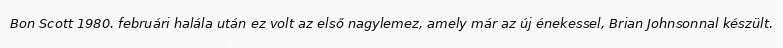
Bon Scott 1980. februári halála után ez volt az első nagylemez, amely már az új énekessel, Brian Johnsonnal készült.